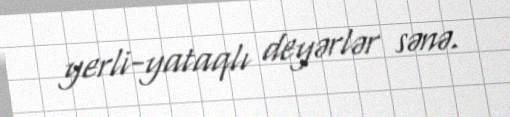
yerli-yataqlı deyərlər sənə.